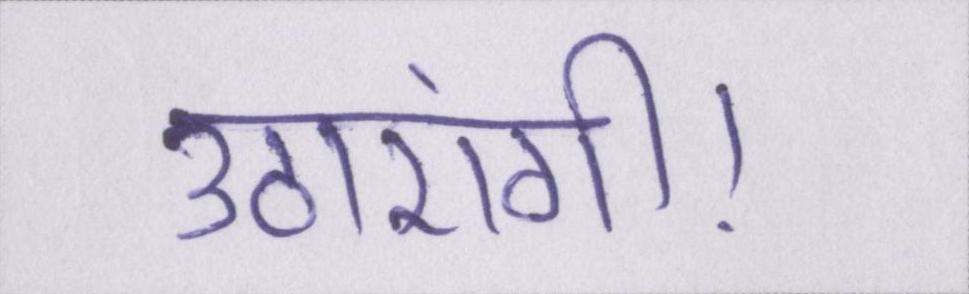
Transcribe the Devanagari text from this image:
उठाएंगी।